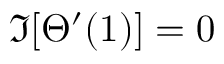
\Im [ \Theta ^ { \prime } ( 1 ) ] = 0